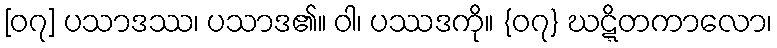
[၀၇] ပသာဒဿ၊ ပသာဒ၏။ ဝါ၊ ပဿဒကို။ {၀၇} ဃဋ္ဋိတကာလော၊